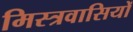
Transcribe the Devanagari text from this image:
मिस्त्रवासियों